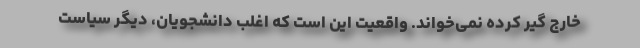
خارج گیر کرده نمی‌خوانَد. واقعیت این است که اغلب دانشجویان، دیگر سیاست